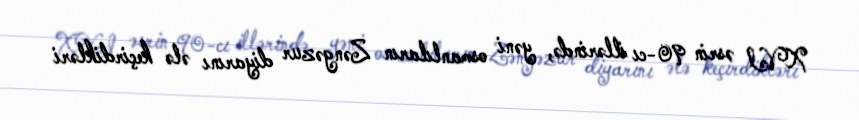
XVI əsrin 90-cı illərində, yəni osmanlıların Zəngəzur diyarını ələ keçirdikləri